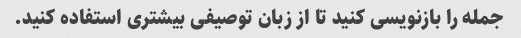
جمله را بازنویسی کنید تا از زبان توصیفی بیشتری استفاده کنید.